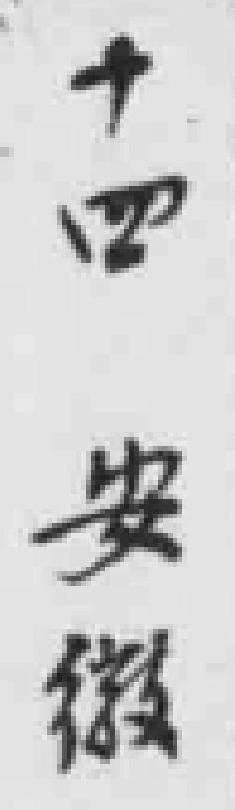
廿四 安徽